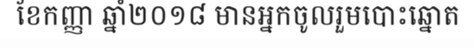
ខែកញ្ញា ឆ្នាំ២០១៨ មានអ្នកចូលរួមបោះឆ្នោត